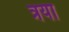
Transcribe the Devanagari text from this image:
त्रया